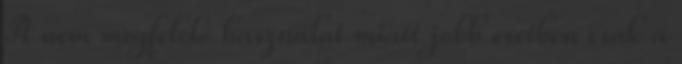
A nem megfelelő használat miatt jobb esetben csak a